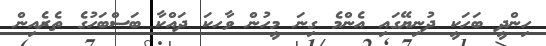
ހިންދީ ބަހަކީ ދުނިޔޭގައި އެންމެ ގިނަ މީހުން ވާހކަ ދައްކާ ބަސްބަހުގެ ތެރެއިން